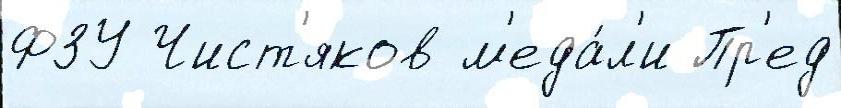
ФЗУ Чист'яков м'еда́л'и Пр'ед